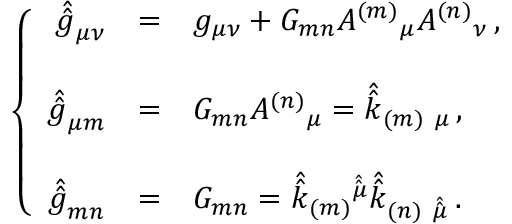
\left\{ \begin{array} { r c l } { { \hat { \hat { g } } _ { \mu \nu } } } & { { = } } & { { g _ { \mu \nu } + G _ { m n } A ^ { ( m ) } { } _ { \mu } A ^ { ( n ) } { } _ { \nu } \, , } } \\ { { } } & { { } } & { { } } \\ { { \hat { \hat { g } } _ { \mu m } } } & { { = } } & { { G _ { m n } A ^ { ( n ) } { } _ { \mu } = \hat { \hat { k } } _ { ( m ) \ \mu } \, , } } \\ { { } } & { { } } & { { } } \\ { { \hat { \hat { g } } _ { m n } } } & { { = } } & { { G _ { m n } = \hat { \hat { k } } _ { ( m ) } { } ^ { \hat { \hat { \mu } } } \hat { \hat { k } } _ { ( n ) \ \hat { \hat { \mu } } } \, . } } \end{array} \right.